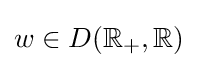
w\in D(\mathbb {R} _{+},\mathbb {R} )